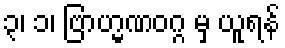
၃၊ ၁၊ ဗြာဟ္မဏဝဂ္ဂ မှ ယူရန်